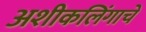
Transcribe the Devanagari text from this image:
अशीकलिंगाचे